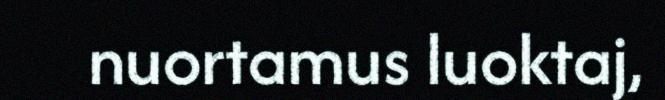
nuortamus luoktaj,